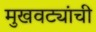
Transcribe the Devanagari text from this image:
मुखवट्यांची